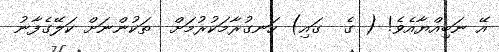
އޭ ނަބިއްޔާއެވެ! ( ގެ  ގައި) ހަނގުރާމަކުރުމަށް  ތަކުންނަށް ކަލޭގެފާނު